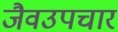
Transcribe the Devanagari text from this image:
जैवउपचार